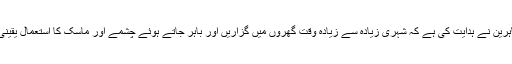
طبی ماہرین نے ہدایت کی ہے کہ شہری زیادہ سے زیادہ وقت گھروں میں گزاریں اور باہر جاتے ہوئے چشمے اور ماسک کا استعمال یقینی بنائیں۔